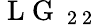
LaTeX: \mathrm{~L~G~}_{\mathrm{~2~2~}}